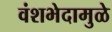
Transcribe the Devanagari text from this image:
वंशभेदामुळे